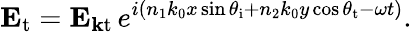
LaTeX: \mathbf{E}_{\mathrm{t}}=\mathbf{E}_{\mathbf{k}{\mathrm{t}}\, }e^{i(n_{1}k_{0}x\sin\theta_{\mathrm{i}}+n_{2}k_{0}y\cos\theta_{\mathrm{t}}-\omega t)}.